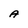
Character: A